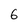
Character: 6